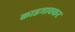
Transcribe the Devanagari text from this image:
काडगावकर